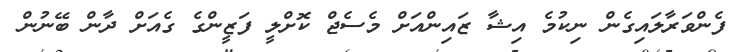
ފެންވަރާލައިގެން ނިކުމެ އިޝާ ޒައިންއަށް މެސެޖް ކޮށްލީ ފަޒީންގެ ގެއަށް ދާން ބޭނުން